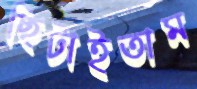
ছিটাইতাম